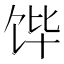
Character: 𮩛